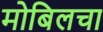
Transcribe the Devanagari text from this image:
मोबिलचा